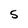
Character: S